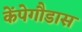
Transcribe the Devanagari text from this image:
केंपेगौडास